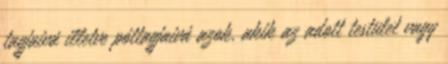
tagjaivá illetve póttagjaivá azok, akik az adott testület vagy